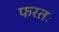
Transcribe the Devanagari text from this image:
फरतः